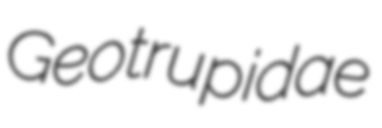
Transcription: Geotrupidae